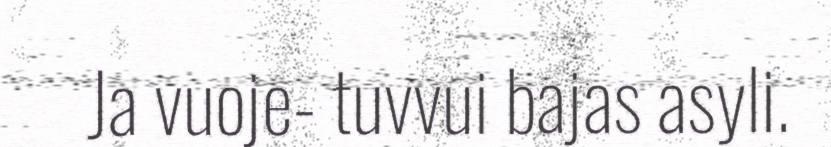
Ja vuoje- tuvvui bajas asyli.